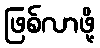
ဖြစ်လာဖို့